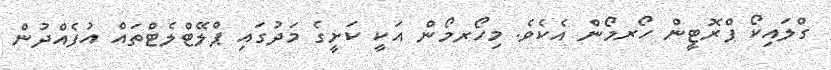
ގްލައިކޯ ޕްރޮޓީން ހޯރމޯން އެކެވެ. މިހޯރމޯން އަކީ ކަށީގެ މަދުގައި ޕްލޭޓްލެޓްތައް އުފެއްދުން